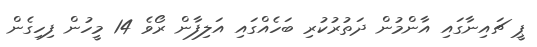
ޕީ ޗައިނާގައި އާންމުން ދަތުރުކުރި ބަހެއްގައި އަލިފާން ރޯވެ 14 މީހުން ފިހިގެން